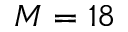
M = 1 8